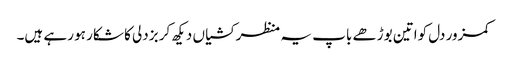
کمزور دل کواتین بوڑھے باپ یہ منظر کشیاں دیکھ کر بزدلی کا شکار ہو رہے ہیں۔